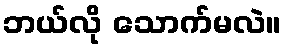
ဘယ်လို သောက်မလဲ။